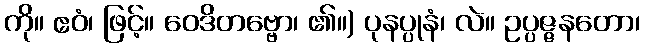
ကို။ ဧဝံ၊ ဖြင့်။ ဝေဒိတဗ္ဗော၊ ၏။) ပုနပ္ပုနံ၊ လဲ။ ဥပ္ပဇ္ဇနတော၊